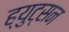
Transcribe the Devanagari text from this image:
ह्युट्सन